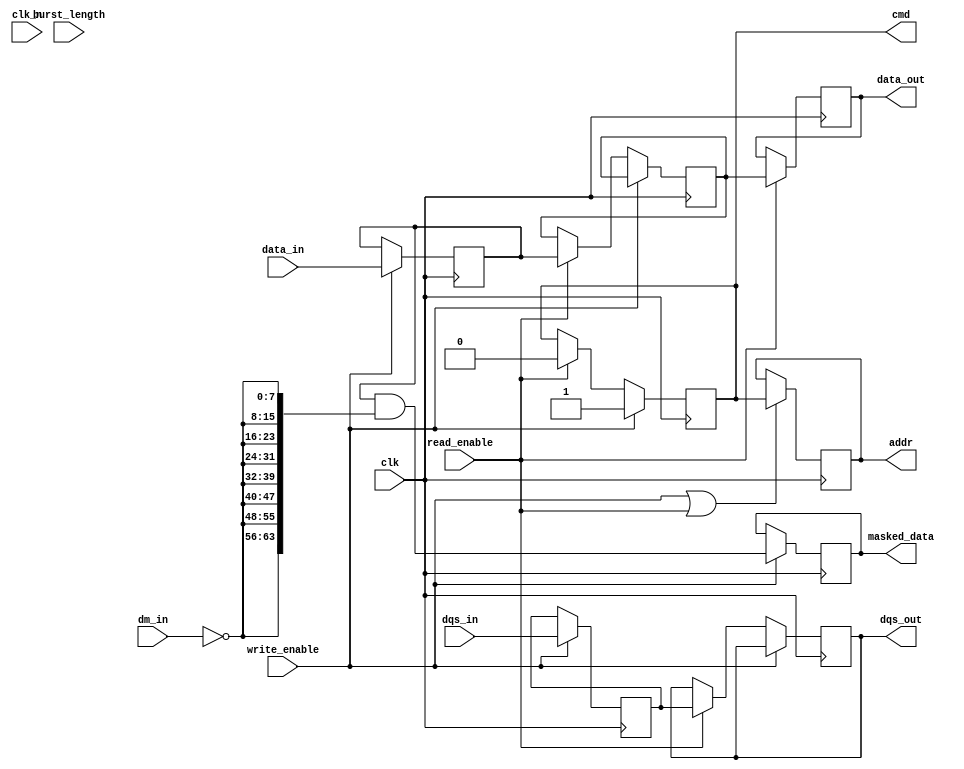
module ddr5_io_block (
    input wire clk,                // High-frequency clock input
    input wire clk_n,              // Inverted clock for differential signaling
    input wire [63:0] data_in,     // 64-bit data input from memory controller
    input wire [7:0] dqs_in,       // Differential DQS input
    input wire [7:0] dm_in,        // Data mask input
    output wire [63:0] data_out,   // 64-bit data output to DDR5 memory
    output wire [7:0] dqs_out,      // Differential DQS output
    output wire cmd,               // Command signal (active, read, write, etc.)
    output wire addr,              // Address signal
    output wire [63:0] masked_data, // Data output after applying mask
    input wire read_enable,         // Read control signal
    input wire write_enable,        // Write control signal
    input wire [2:0] burst_length   // Burst length configuration
);

    // Internal signals
    reg [63:0] data_buffer;
    reg [63:0] output_buffer;
    reg [7:0] dqs_buffer;
    reg cmd_reg;
    reg addr_reg;

    // Input buffer for incoming data
    always @(posedge clk) begin
        if (write_enable) begin
            data_buffer <= data_in;
            // Mask the data according to DM input during writes
            masked_data <= data_buffer & {8{~dm_in}}; // Example mask operation
            cmd_reg <= 1; // Indicate write command
        end
        else if (read_enable) begin
            output_buffer <= data_buffer; // Prepare data for output
            cmd_reg <= 0; // Indicate read command
        end
    end

    // Output buffer for outgoing data
    always @(posedge clk) begin
        if (read_enable) begin
            data_out <= output_buffer; // Output data
        end
    end

    // Handling DQS signals
    always @(posedge clk) begin
        if (write_enable) begin
            dqs_buffer <= dqs_in; // Capture DQS from incoming signals
        end
        else if (read_enable) begin
            dqs_out <= dqs_buffer; // Output DQS for read operations
        end
    end

    // Command and Address generation (simplified)
    always @(posedge clk) begin
        if (write_enable || read_enable) begin
            addr_reg <= cmd; // Assign commands to address line
            // Additional logic to handle commands can be implemented here
        end
    end

    // Assigning to outputs
    assign cmd = cmd_reg;
    assign addr = addr_reg;

endmodule